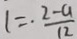
1 = . \frac { 2 - a } { 1 2 }